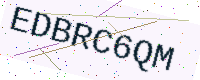
Text: EDBRC6QM